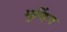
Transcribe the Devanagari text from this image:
मुव्हिंग